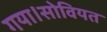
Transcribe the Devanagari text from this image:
गया।सोवियत